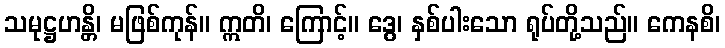
သမုဋ္ဌဟန္တိ၊ မဖြစ်ကုန်။ ဣတိ၊ ကြောင့်။ ဒွေ၊ နှစ်ပါးသော ရုပ်တို့သည်။ ကေနစိ၊